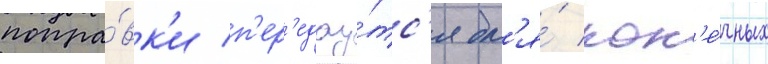
попра́вк'и п'ер'едау́тс'я дл'я́ кон'е́чных